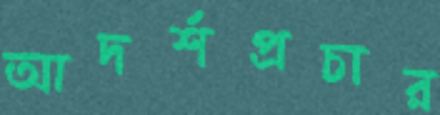
আদর্শপ্রচার